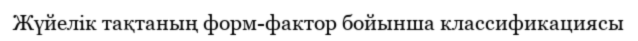
Жүйелік тақтаның форм-фактор бойынша классификациясы